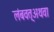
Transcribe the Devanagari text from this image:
लंबवत्अथवा